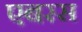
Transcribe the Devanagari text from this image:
एबरस